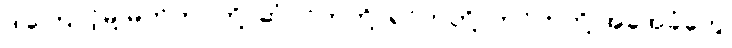
ဒါကြောင့်မို့ မိတ်ကပ်တို့၊ ဆံပင်တုတို့၊ ရင်တုတို့၊ တင်တုတို့ အခုအခံတွေ